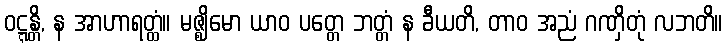
ဝဋ္ဋန္တိ, န အာဟာရတ္ထံ။ မဇ္ဈိမော ယာဝ ပတ္တေ ဘတ္တံ န ခီယတိ, တာဝ အညံ ဂဏှိတုံ လဘတိ။